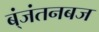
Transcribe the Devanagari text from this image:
ब्ंजंतनबज